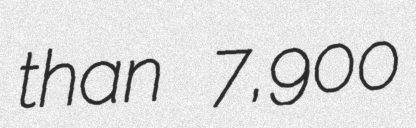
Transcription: than 7,900